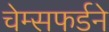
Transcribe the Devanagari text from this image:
चेम्सफर्डने